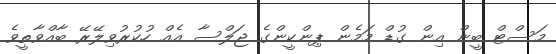
މަސްޓް ބީން އިން ގުޑް މަމެން ޕިންކީންގެ ޖަލްސާ އެއް ހުކުރުވިލޭރޭ ބާއްވާތީވެ